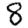
Digit: 8